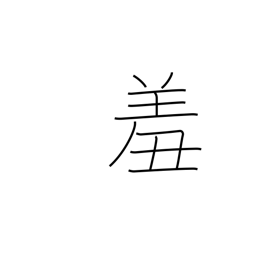
Meaning: feel ashamed